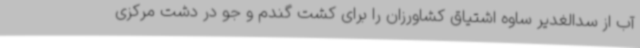
آب از سدالغدیر ساوه اشتیاق کشاورزان را برای کشت گندم و جو در دشت مرکزی